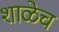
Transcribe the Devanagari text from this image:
शाळेच